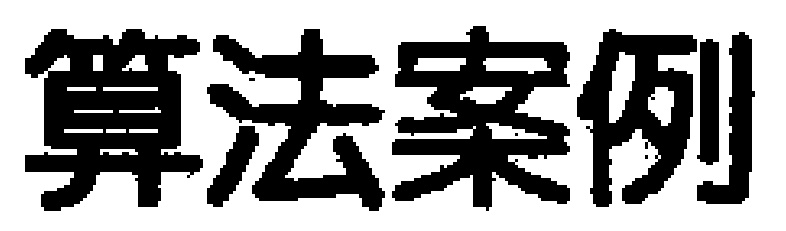
算法案例